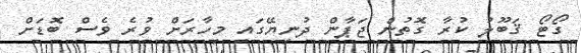
ގޯޓޯ ޤަބޫލު ކުރާ ގޮތުން ޖަޕާން ދުނިޔޭގައި މިހާރަށް ވުރެ ވެސް ބޮޑަށް